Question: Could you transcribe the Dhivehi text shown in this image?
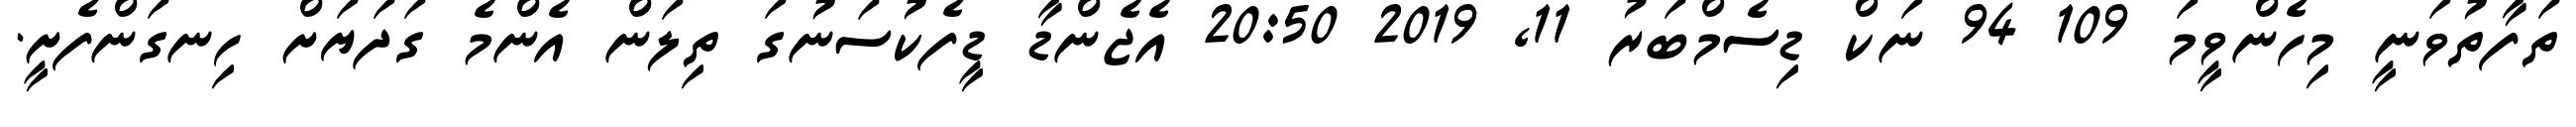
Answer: ތަފާތުވަނީ މިހެންވީމަ 109 94 ނަކް ޑިސެމްބަރު 11, 2019 20:50 އެޖެންޑާ ޑީފެކުސަނުގަ ތިލަން އެންމެ ގަދަޔަށް ހިނގަންފެށީ.